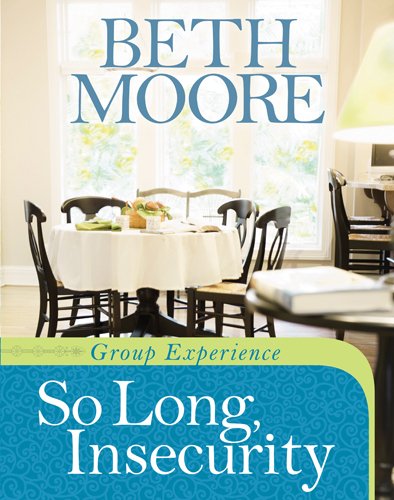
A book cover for So Long, Insecurity Group Experience; Beth Moore; Christian Books & Bibles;